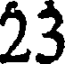
23